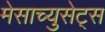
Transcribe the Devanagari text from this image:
मेसाच्युसेट्स